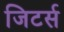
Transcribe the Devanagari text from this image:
जिटर्स